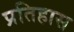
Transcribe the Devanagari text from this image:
प्रतिहास